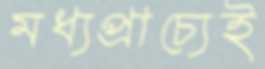
মধ্যপ্রাচ্যেই